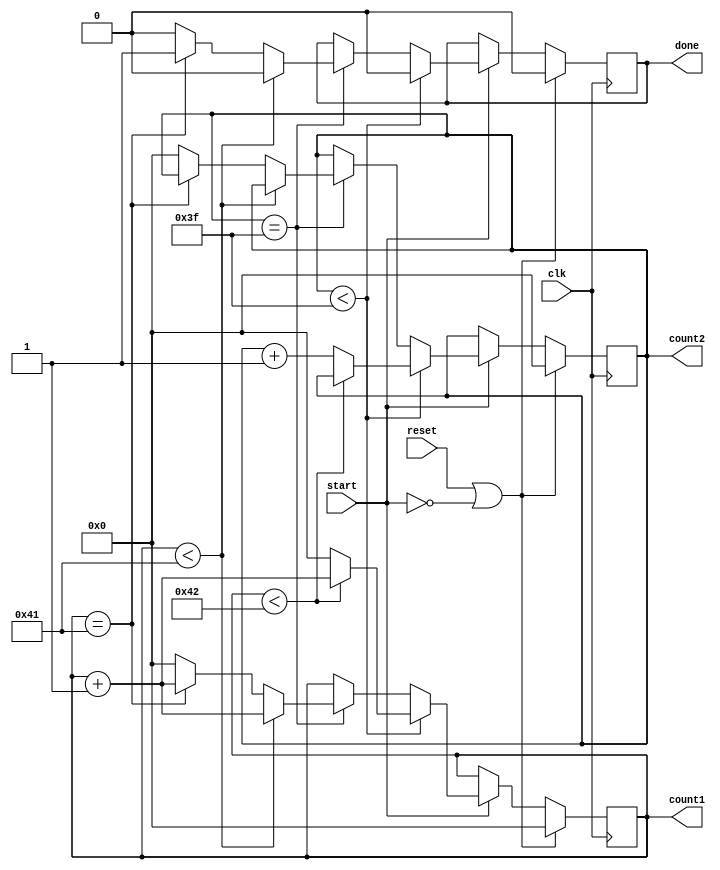
`timescale 1ns / 1ps

module Counter_64(
    input clk,
    input start,
    input reset,
    output reg [6:0] count1,
    output reg [6:0] count2,
    output reg done
    );
    
    parameter mod = 64;
    
    always @ ( posedge clk )
    begin
        if( reset || ~start )
        begin
            count1 <= 0;
            count2 <= 0;
            done <= 0;
        end else if ( start )
        begin
            if( count2 < mod-1 )
            begin
                if( count1 < mod-1+3 )
                begin
                    count1 <= count1 + 1;
                    done <= 0;
                end else
                begin
                    count1 <= 0;
                    count2 <= count2 + 1;
                    done <= 0;
                end
            end else if ( count2 == mod-1 )
            begin
                if( count1 < mod - 2+3 )
                    begin
                        count1 <= count1 + 1;
                        done <= 0;
                    end else if ( count1 == mod - 2+3 )
                    begin
                        count1 <= count1 + 1;
                        done <= 1;
                    end
                    else
                    begin
                        count1 <= 0;
                        count2 <= 0;
                        done <= 0;
                    end
            end
        end
    end
endmodule